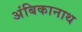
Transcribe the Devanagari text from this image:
अंबिकानाथ